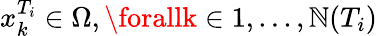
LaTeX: x_{k}^{T_{i}}\in\Omega,\forallk\in{1,...,\mathbb{N}(T_{i})}